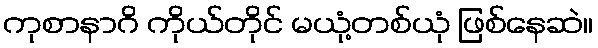
ကုစာနာဂိ ကိုယ်တိုင် မယုံ့တစ်ယုံ ဖြစ်နေဆဲ။